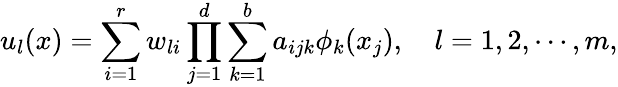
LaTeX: u_{l}(x)=\sum_{i=1}^{r}w_{li}\prod_{j=1}^{d}\sum_{k=1}^{b}a_{ijk}\phi_{k}(x_{j}),\quad l=1,2,\cdots,m,